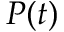
P ( t )